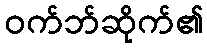
ဝက်ဘ်ဆိုက်၏